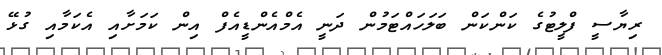
ރިޔާސީ ފްލީޓުގެ ކަންކަން ބަލަހައްޓަމުން ދަނީ އެމްއެންޑީއެފް އިން ކަމަށާއި އެކަމާއި ގުޅޭ